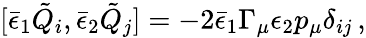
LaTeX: [{\bar{\epsilon}}_{1}{\tilde{Q}}_{i},{\bar{\epsilon}}_{2}{\tilde{Q}}_{j}]=-2{\bar{\epsilon}_{1}}\Gamma_{\mu}\epsilon_{2}p_{\mu}\delta_{ij}\, ,